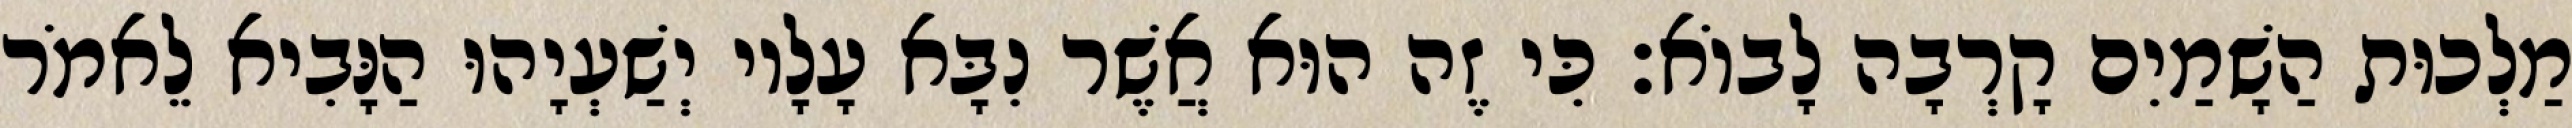
מַלְכוּת הַשָׁמַיִם קָרְבָה לָבוֹא׃ כִּי זֶה הוּא אֲשֶׁר נִבָּא עָלָיו יְשַׁעְיָהוּ הַנָּבִיא לֵאמֹר